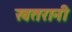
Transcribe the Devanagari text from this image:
खतरानी